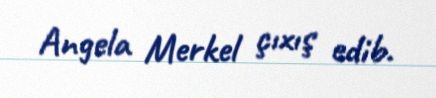
Angela Merkel çıxış edib.